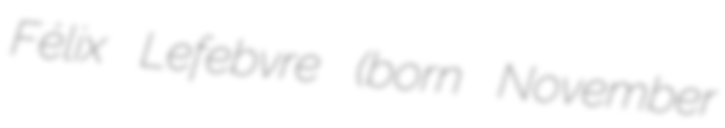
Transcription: Félix Lefebvre (born November